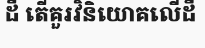
ដី តើគួរវិនិយោគលើដី